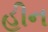
હીન